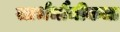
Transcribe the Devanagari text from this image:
सार्भभौमीकता